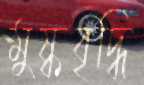
মুষ্কবৃদ্ধি